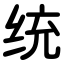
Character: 统